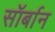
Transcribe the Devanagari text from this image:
सॉर्बान